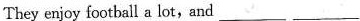
They enjoy football a lot, and ___ ___